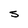
Character: S